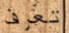
تعرف